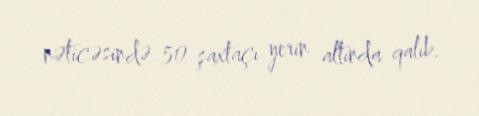
nəticəsində 50 şaxtaçı yerin altında qalıb.